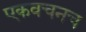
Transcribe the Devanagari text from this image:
एकवचनच